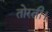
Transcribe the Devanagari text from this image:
तोरती।